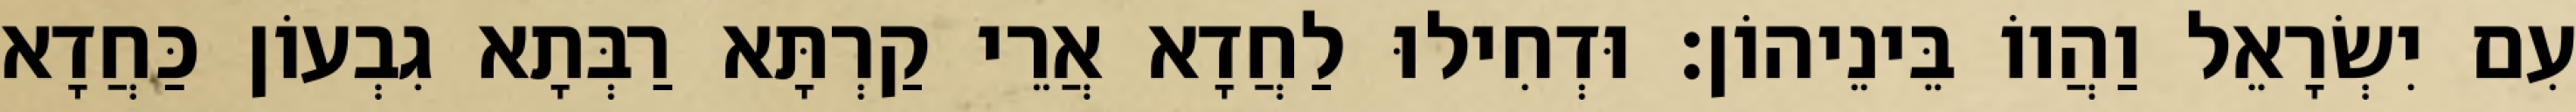
עִם יִשְׂרָאֵל וַהֲווֹ בֵּינֵיהוֹן׃ וּדְחִילוּ לַחֲדָא אֲרֵי קַרְתָּא רַבְּתָא גִבְעוֹן כַּחֲדָא